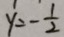
y = - \frac { 1 } { 2 }